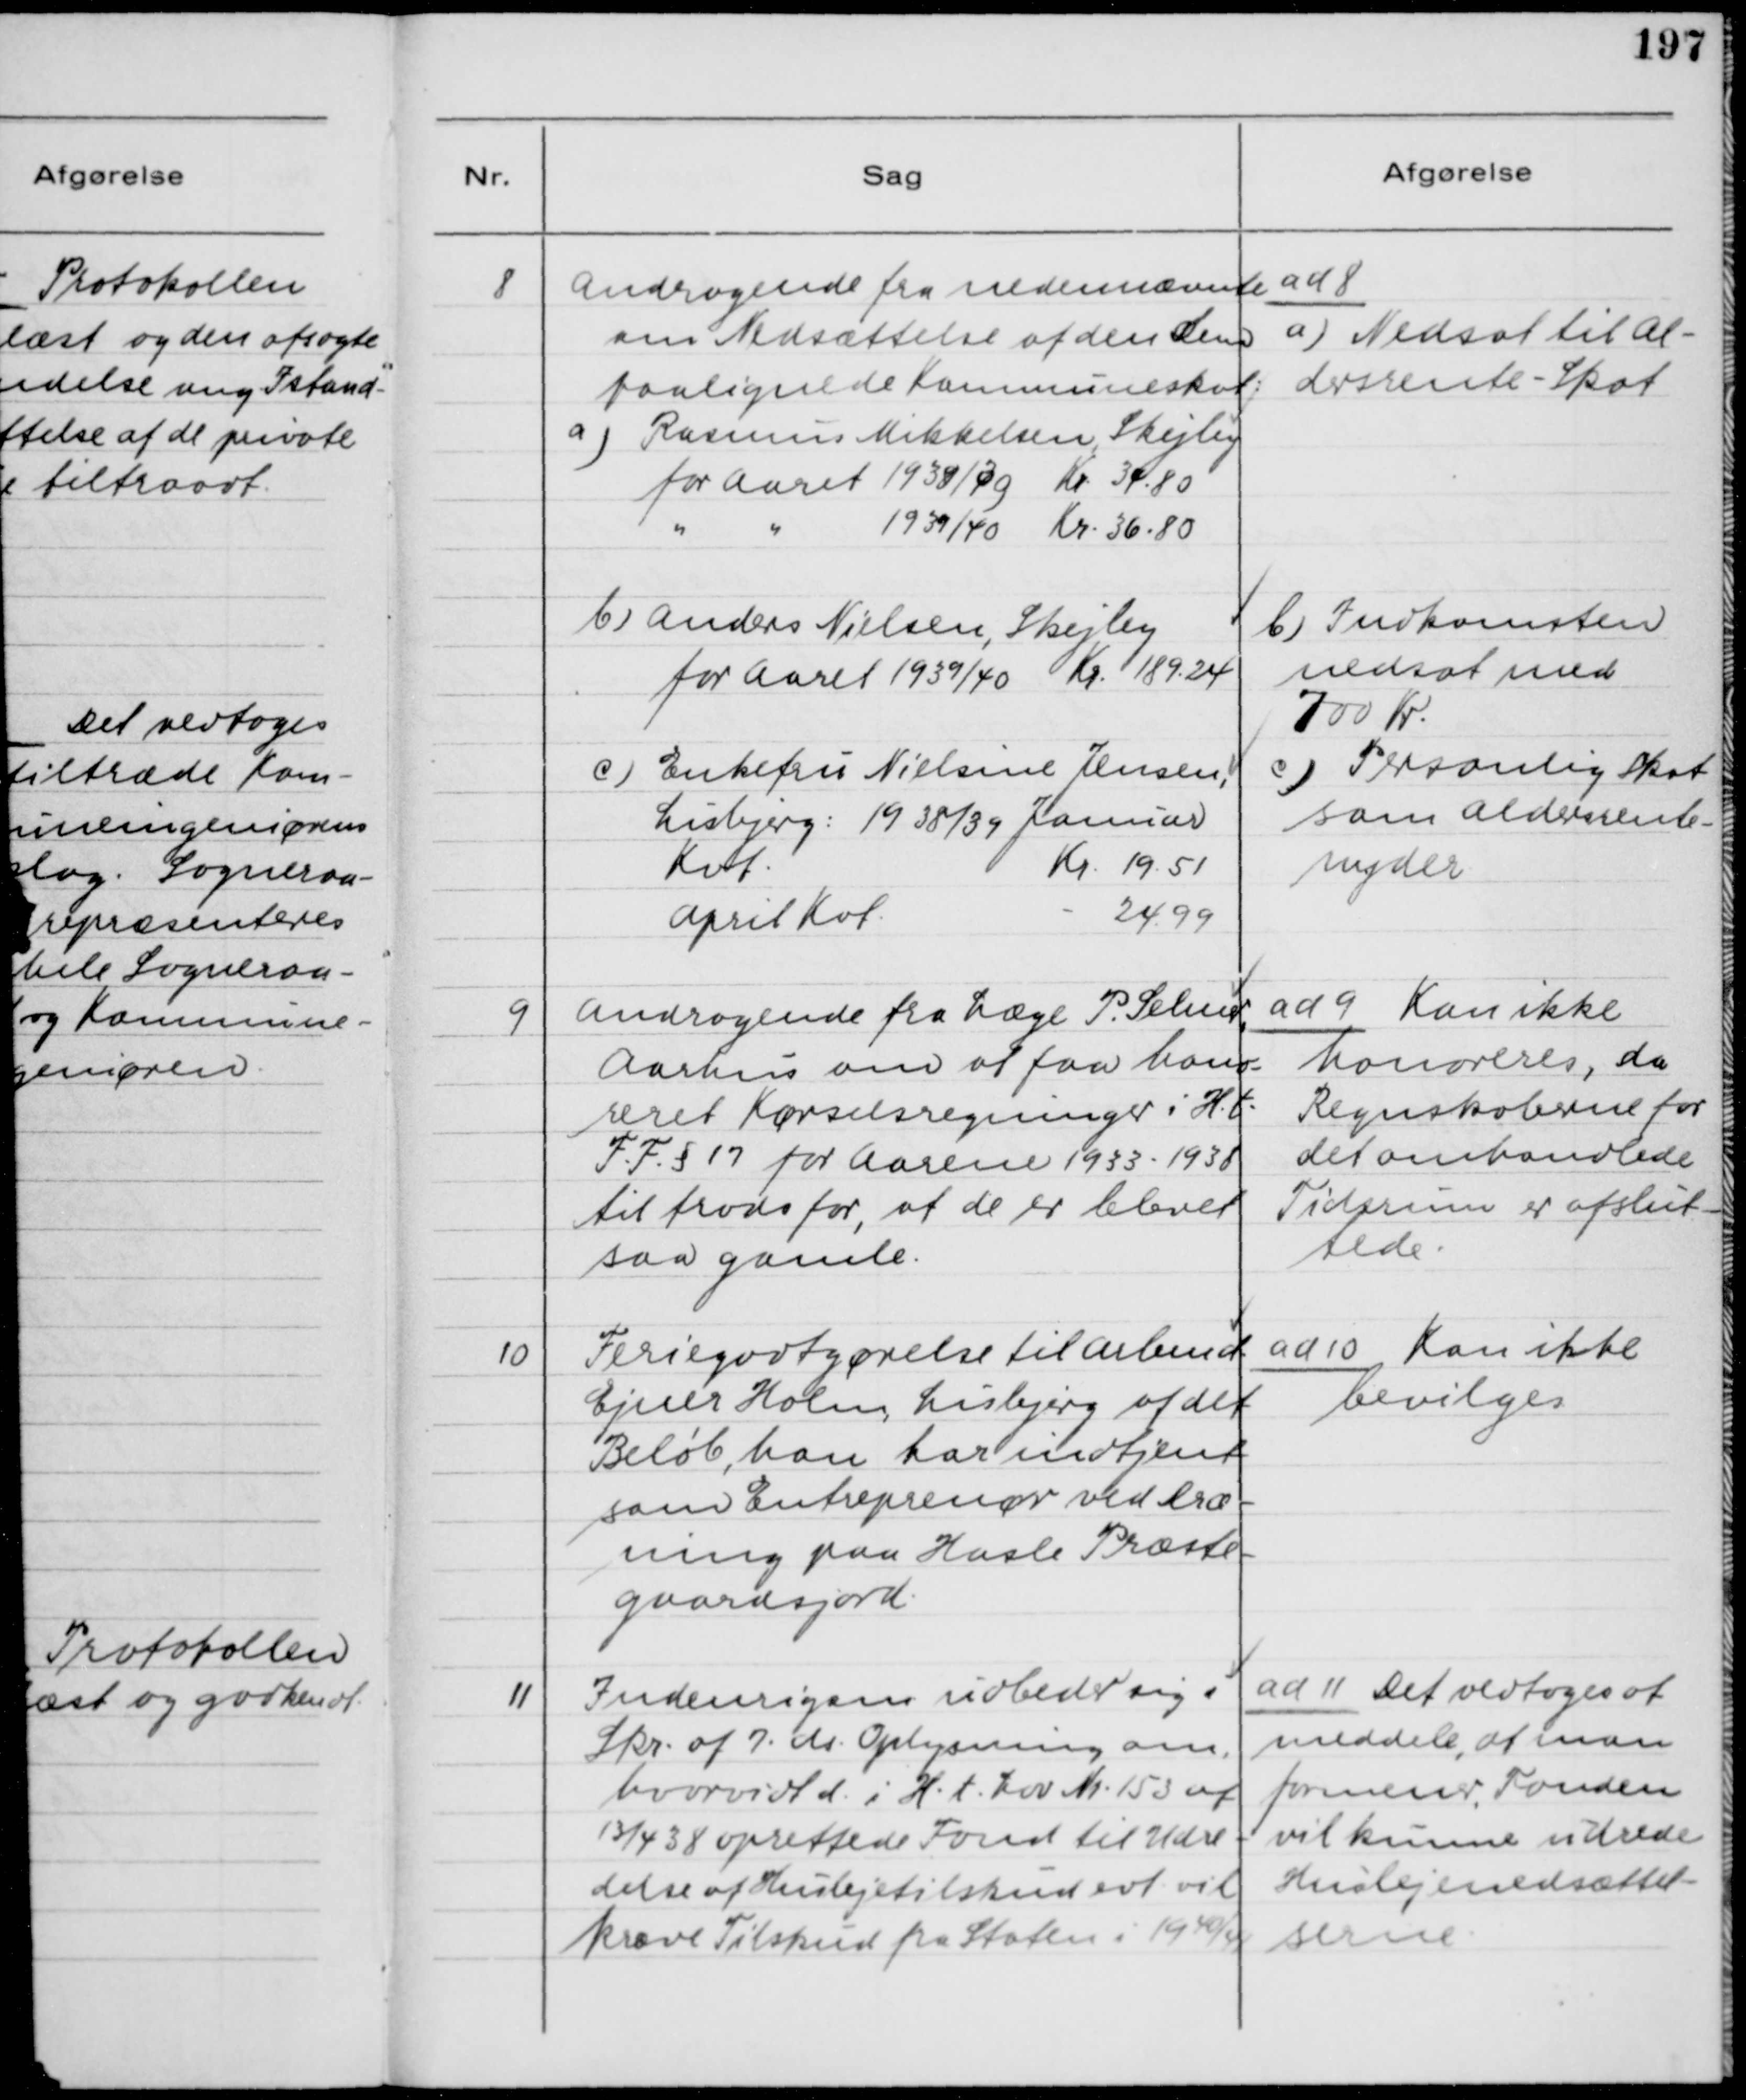
Transskription:
8

Andragende fra nedennævnte
om Nedsættelse af den Dem
paalignede Kommuneskat:
a) Rasmus Mikkelsen, Skejby

ad 8
a) Nedsat til Al-
dersrente - Skat

b) Anders Nielsen, Skejby
for Aaret 1939/40
Kr. 189.24

b) Indkomsten
nedsat med
700 Kr.

c) Enkefru Nielsine Jensen,
Lisbjerg: 1938/39 Januar

c) Personlig Skat
som Aldersrente
nyder.

9

Andragende fra Læge P. Selmer,
Aarhus om at faa hono-
reret Kørselsregninger i H.t.
F.F. §17 for Aarene 1933 - 1938
til trods for, at de er blevet
saa gamle.

ad 9 Kan ikke
honoreres, da
Regnskaberne for
det omhandlede
Tidsrum er afslut-
tede.

10

Feriegodtgørelse til arbmd.
Ejner Holm, Lisbjerg af det
Beløb, han har indtjent
som Entreprenør ved Dræ-
ning paa Hasle Præste-
gaardsjord.

ad 10 Kan ikke
bevilges.

11

Indenrigsm. udbeder sig i
Skr. af 7. ds. Oplysning om,
hvorvidt d. i H.t. Lov Nr. 153 af
13/4 38 oprettede Fond til Udre-
delse af Huslejetilskud evt. vil
kræve Tilskud fra Staten i 1940/41.

ad 11 Det vedtoges at
meddele, at man 
formener, Fonden
vil kunne udrede
Huslejenedsættel-
serne.